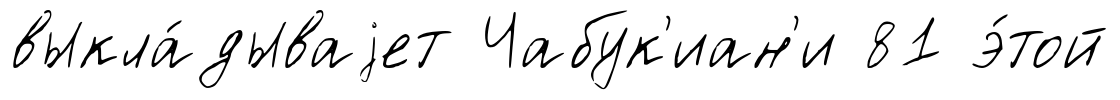
выкла́дываjет Чабук'иан'и 81 э́той